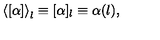
\left< [ \alpha ] \right> _ { l } \equiv [ \alpha ] _ { l } \equiv \alpha ( l ) ,